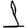
Digit: 1